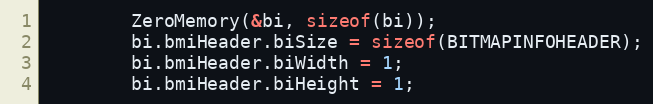
Language: C
        ZeroMemory(&bi, sizeof(bi));
        bi.bmiHeader.biSize = sizeof(BITMAPINFOHEADER);
        bi.bmiHeader.biWidth = 1;
        bi.bmiHeader.biHeight = 1;